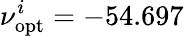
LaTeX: \nu_{\mathrm{opt}}^{i}=-54.697